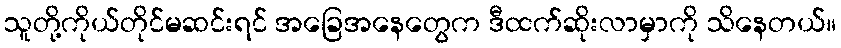
သူတို့ကိုယ်တိုင်မဆင်းရင် အခြေအနေတွေက ဒီထက်ဆိုးလာမှာကို သိနေတယ်။